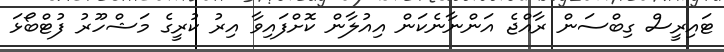
ޓައިރީސް ގިބްސަން ރާއްޖެ އަންނާނެކަން އިއުލާން ކޮށްފައިވާ އިރު ކުރީގެ މަޝްހޫރު ފުޓްބޯޅަ